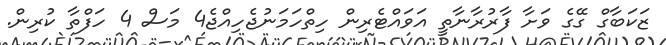
ޒަކަބާގް ގޭގެ ވަށާ ފާރުރާނާތީ އަވައްޓެރިން ހިތްހަމަނުޖެހިއްޖެ4 މަސް 4 ހަފްތާ ކުރިން.